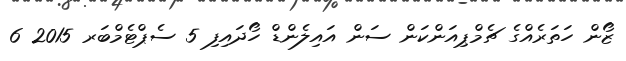
ޒޯން ހަތަރެއްގެ ޗެމްޕިއަންކަން ސަން އައިލެންޑް ހޯދައިފި 5 ސެޕްޓެމްބަރ 2015 6